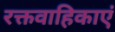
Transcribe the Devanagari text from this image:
रक्तवाहिकाएं